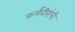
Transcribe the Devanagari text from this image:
कर्मवीरांची